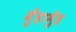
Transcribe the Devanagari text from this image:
मुँहामुँह